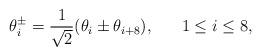
LaTeX: \begin{align*}\theta_i^{\pm} = \frac{1}{ \sqrt{2}} (\theta_i \pm \theta_{i + 8}), \;\;\;\;\;\; 1 \leq i \leq 8,\end{align*}